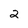
Character: 2